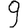
Digit: 9